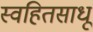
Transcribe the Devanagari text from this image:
स्वहितसाधू